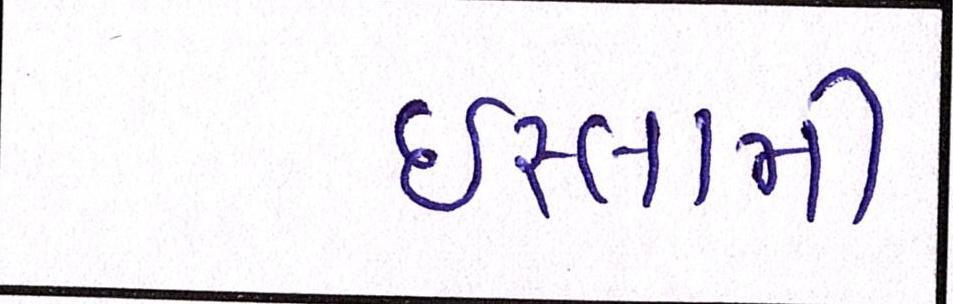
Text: ઈસ્લામી